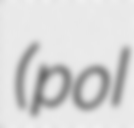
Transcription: (pol